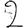
Digit: 2